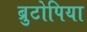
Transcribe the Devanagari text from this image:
ब्रुटोपिया